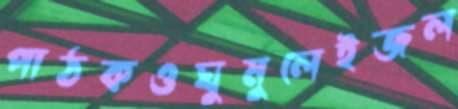
পাঠকওঘুমুলেইজল